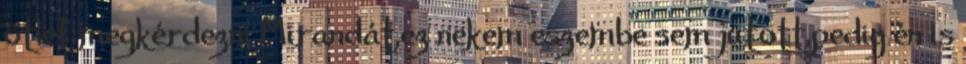
ötlet megkérdezni Mirandát,ez nekem eszembe sem jutott,pedig én is